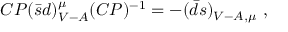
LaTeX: C P ( \bar { s } d ) _ { V - A } ^ { \mu } ( C P ) ^ { - 1 } = - ( \bar { d } s ) _ { V - A , \mu } ~ ,